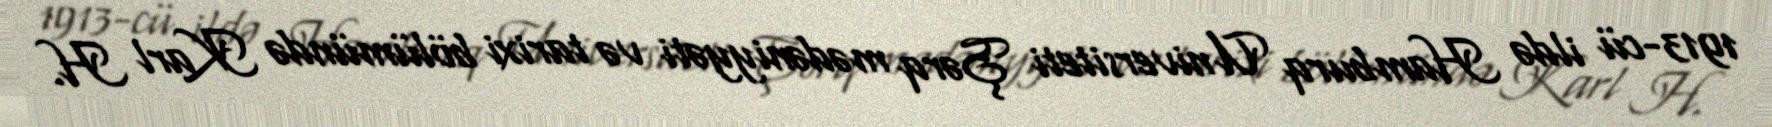
1913-cü ildə Hamburq Universiteti Şərq mədəniyyəti və tarixi bölümündə Karl H.